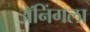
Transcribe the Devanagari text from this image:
ॲनिंगला